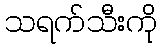
သရက်သီးကို